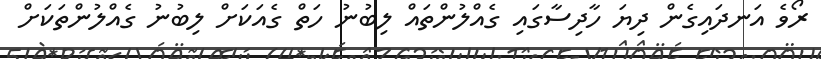
ރޯވެ އަނދައިގެން ދިޔަ ހާދިސާގައި ގެއްލުންތައް ލިބުނު ހަތް ގެއަކަށް ލިބުނު ގެއްލުންތަކަށް